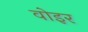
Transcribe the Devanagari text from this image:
वोइर